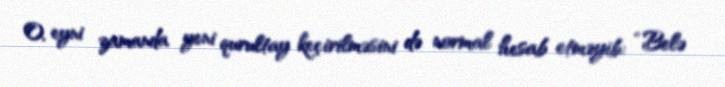
O, eyni zamanda yeni qurultay keçirilməsini də normal hesab etməyib: “Belə